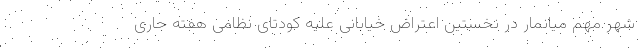
شهر مهم میانمار در نخستین اعتراض خیابانی علیه کودتای نظامی هفته جاری